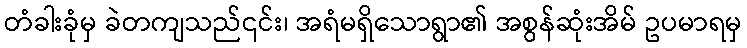
တံခါးခုံမှ ခဲတကျသည်၎င်း၊ အရံမရှိသောရွာ၏ အစွန်ဆုံးအိမ် ဥပမာရမှ